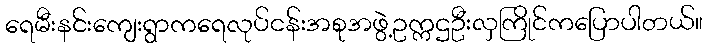
ရေမီးနင်းကျေးရွာကရေလုပ်ငန်းအစုအဖွဲ့ဥက္ကဌဦးလှကြိုင်ကပြောပါတယ်။